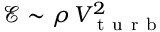
\mathscr { E } \sim \rho \, V _ { \mathrm { ~ t ~ u ~ r ~ b ~ } } ^ { 2 }